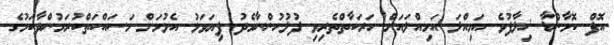
އޮފް ކޮމާންޑާ ޚިލާފުވެ އަމިއްލަ އަމިއްލައަށް ހަރަކާތްތެރިވި ފުލުހުންނާމެދު ފިޔަވަަޅު އެޅުމަށް މަސައްކަތްކުރަމުންދާކަމުގެ